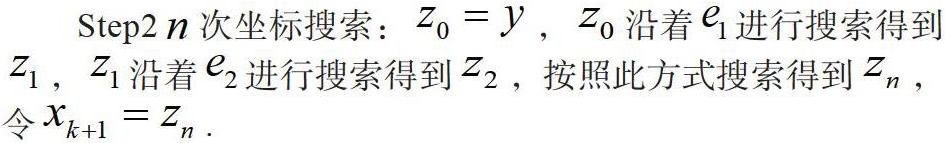
Step2 $n$ 次坐标搜索：$z_0 = y$，$z_0$ 沿着 $e_1$ 进行搜索得到 $z_1$，$z_1$ 沿着 $e_2$ 进行搜索得到 $z_2$，按照此方式搜索得到 $z_n$，令 $x_{k + 1} = z_n$.